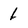
Character: 1